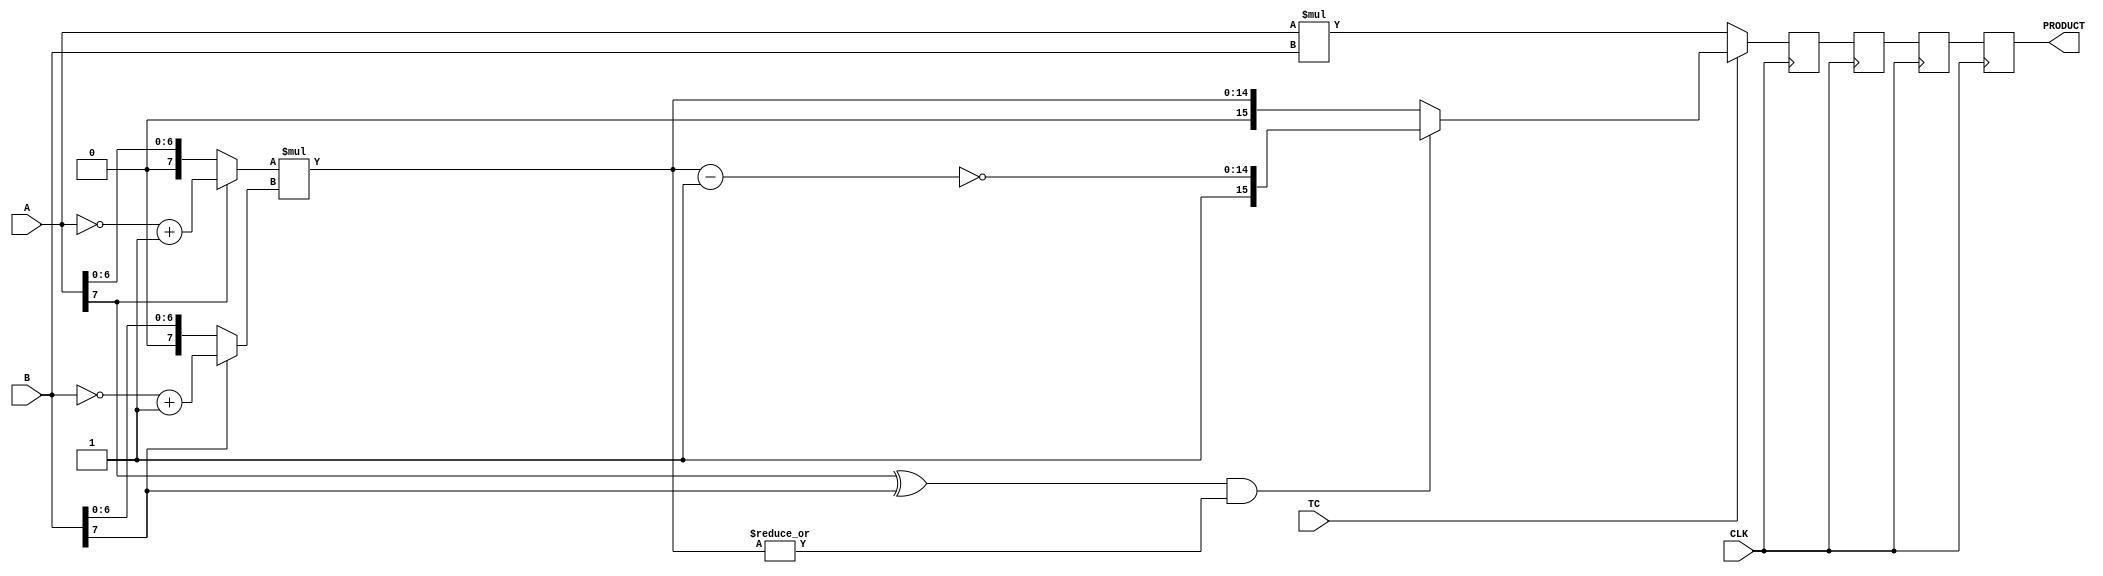
////////////////////////////////////////////////////////////////////////////////
//
//       This confidential and proprietary software may be used only
//     as authorized by a licensing agreement from Synopsys Inc.
//     In the event of publication, the following notice is applicable:
//
//                    (C) COPYRIGHT 1996 - 2023 SYNOPSYS INC.
//                           ALL RIGHTS RESERVED
//
//       The entire notice above must be reproduced on all authorized
//     copies.
//
//
// VERSION:   Simulation Architecture
//
// DesignWare_version: 39790f4d
// DesignWare_release: U-2022.12-DWBB_202212.5
//
////////////////////////////////////////////////////////////////////////////////
//-----------------------------------------------------------------------------------
//
// ABSTRACT:  Five-Stage Pipelined Multiplier
//           A_width-Bits * B_width-Bits => A_width+B_width Bits
//           Operands A and B can be either both signed (two's complement) or 
//	     both unsigned numbers. TC determines the coding of the input operands.
//           ie. TC = '1' => signed multiplication
//	         TC = '0' => unsigned multiplication
//
//
//
//            Move component from DW03 to DW02
//	Jay Zhu, Nov 29, 1999: remove unit delay and simplify procedures
//---------------------------------------------------------------------------------


module DW02_mult_5_stage(A,B,TC,CLK,PRODUCT);
parameter	integer A_width = 8;
parameter	integer B_width = 8;
input	[A_width-1:0]	A;
input	[B_width-1:0]	B;
input			TC,CLK;
output	[A_width+B_width-1:0]	PRODUCT;

reg	[A_width+B_width-1:0]	PRODUCT,product_piped1,product_piped2,product_piped3;
wire	[A_width+B_width-1:0]	pre_product;

wire	[A_width-1:0]	temp_a;
wire	[B_width-1:0]	temp_b;
wire	[A_width+B_width-2:0]	long_temp1,long_temp2;

assign	temp_a = (A[A_width-1])? (~A + 1'b1) : A;
assign	temp_b = (B[B_width-1])? (~B + 1'b1) : B;

assign	long_temp1 = temp_a * temp_b;
assign	long_temp2 = ~(long_temp1 - 1'b1);

assign	pre_product = (TC)? (((A[A_width-1] ^ B[B_width-1]) && (|long_temp1))?
				{1'b1,long_temp2} : {1'b0,long_temp1})
			: A * B;

always @ (posedge CLK)
begin
	product_piped1 <= pre_product;
	product_piped2 <= product_piped1;
        product_piped3 <= product_piped2;
        PRODUCT <= product_piped3;
end

endmodule